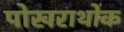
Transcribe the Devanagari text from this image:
पोखराथोक